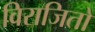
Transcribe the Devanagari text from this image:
विराजितो